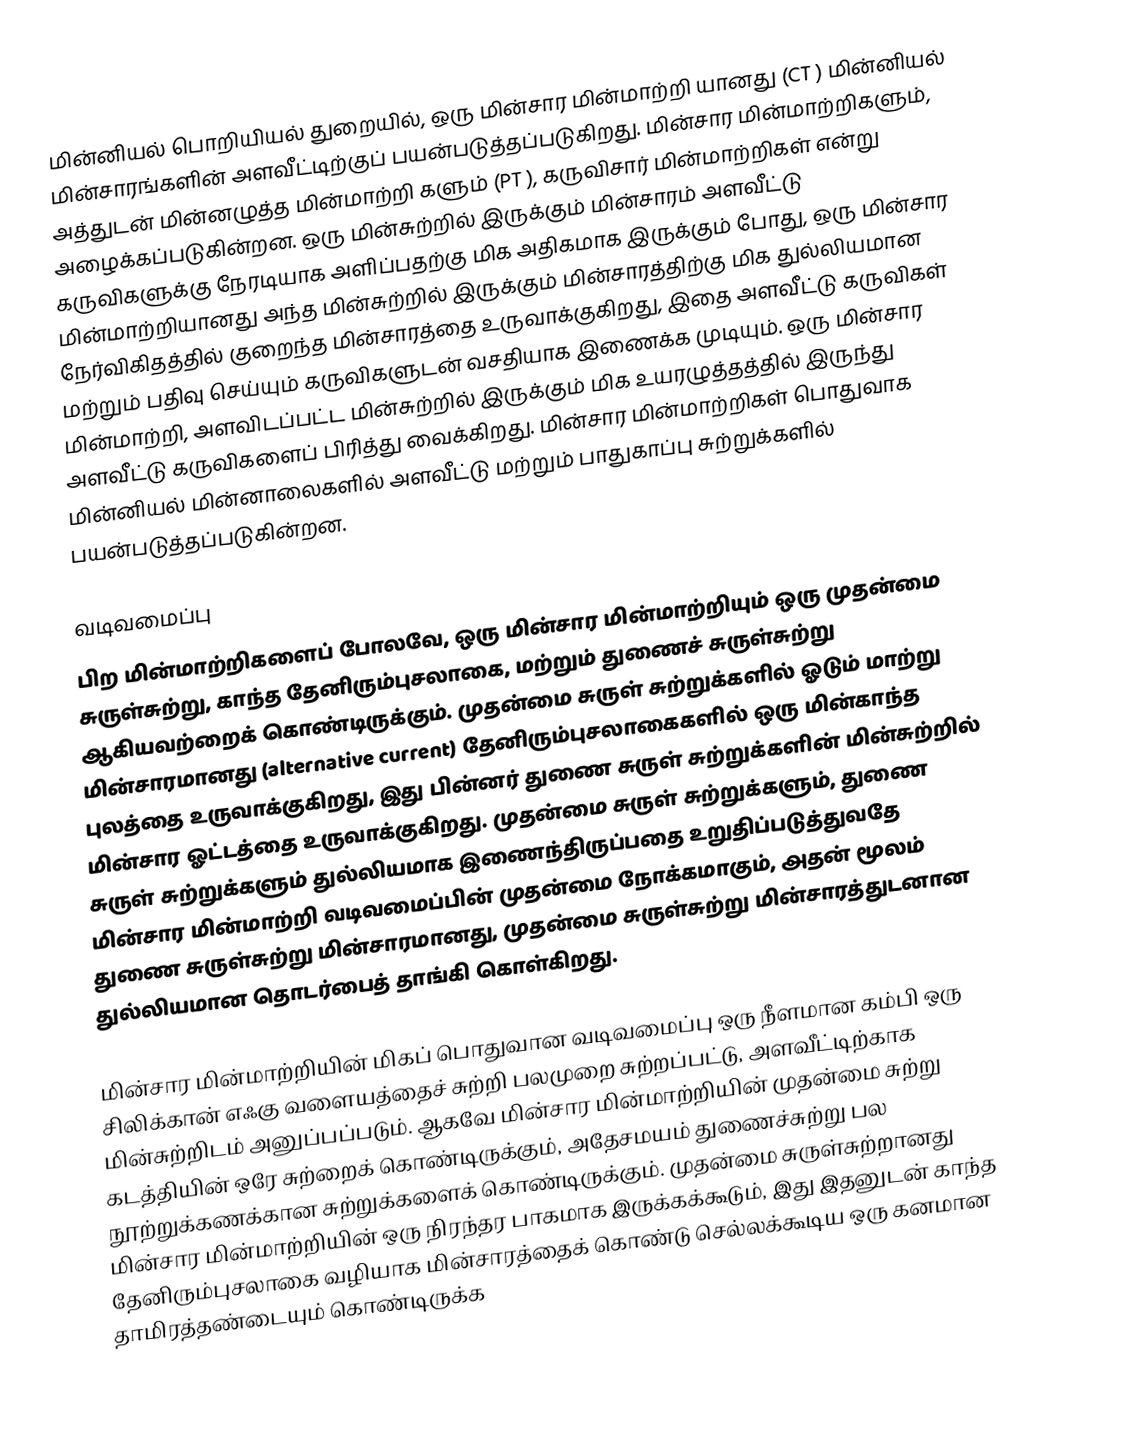
மின்னியல் பொறியியல் துறையில், ஒரு மின்சார மின்மாற்றி யானது (CT ) மின்னியல் மின்சாரங்களின் அளவீட்டிற்குப் பயன்படுத்தப்படுகிறது. மின்சார மின்மாற்றிகளும், அத்துடன் மின்னழுத்த மின்மாற்றி களும் (PT ), கருவிசார் மின்மாற்றிகள் என்று அழைக்கப்படுகின்றன. ஒரு மின்சுற்றில் இருக்கும் மின்சாரம் அளவீட்டு கருவிகளுக்கு நேரடியாக அளிப்பதற்கு மிக அதிகமாக இருக்கும் போது, ஒரு மின்சார மின்மாற்றியானது அந்த மின்சுற்றில் இருக்கும் மின்சாரத்திற்கு மிக துல்லியமான நேர்விகிதத்தில் குறைந்த மின்சாரத்தை உருவாக்குகிறது, இதை அளவீட்டு கருவிகள் மற்றும் பதிவு செய்யும் கருவிகளுடன் வசதியாக இணைக்க முடியும். ஒரு மின்சார மின்மாற்றி, அளவிடப்பட்ட மின்சுற்றில் இருக்கும் மிக உயரழுத்தத்தில் இருந்து அளவீட்டு கருவிகளைப் பிரித்து வைக்கிறது. மின்சார மின்மாற்றிகள் பொதுவாக மின்னியல் மின்னாலைகளில் அளவீட்டு மற்றும் பாதுகாப்பு சுற்றுக்களில் பயன்படுத்தப்படுகின்றன.

வடிவமைப்பு
பிற மின்மாற்றிகளைப் போலவே, ஒரு மின்சார மின்மாற்றியும் ஒரு முதன்மை சுருள்சுற்று, காந்த தேனிரும்புசலாகை, மற்றும் துணைச் சுருள்சுற்று ஆகியவற்றைக் கொண்டிருக்கும். முதன்மை சுருள் சுற்றுக்களில் ஓடும் மாற்று மின்சாரமானது (alternative current) தேனிரும்புசலாகைகளில் ஒரு மின்காந்த புலத்தை உருவாக்குகிறது, இது பின்னர் துணை சுருள் சுற்றுக்களின் மின்சுற்றில் மின்சார ஓட்டத்தை உருவாக்குகிறது. முதன்மை சுருள் சுற்றுக்களும், துணை சுருள் சுற்றுக்களும் துல்லியமாக இணைந்திருப்பதை உறுதிப்படுத்துவதே மின்சார மின்மாற்றி வடிவமைப்பின் முதன்மை நோக்கமாகும், அதன் மூலம் துணை சுருள்சுற்று மின்சாரமானது, முதன்மை சுருள்சுற்று மின்சாரத்துடனான துல்லியமான தொடர்பைத் தாங்கி கொள்கிறது.

மின்சார மின்மாற்றியின் மிகப் பொதுவான வடிவமைப்பு ஒரு நீளமான கம்பி ஒரு சிலிக்கான் எஃகு வளையத்தைச் சுற்றி பலமுறை சுற்றப்பட்டு, அளவீட்டிற்காக மின்சுற்றிடம் அனுப்பப்படும். ஆகவே மின்சார மின்மாற்றியின் முதன்மை சுற்று கடத்தியின் ஒரே சுற்றைக் கொண்டிருக்கும், அதேசமயம் துணைச்சுற்று பல நூற்றுக்கணக்கான சுற்றுக்களைக் கொண்டிருக்கும். முதன்மை சுருள்சுற்றானது மின்சார மின்மாற்றியின் ஒரு நிரந்தர பாகமாக இருக்கக்கூடும், இது இதனுடன் காந்த தேனிரும்புசலாகை வழியாக மின்சாரத்தைக் கொண்டு செல்லக்கூடிய ஒரு கனமான தாமிரத்தண்டையும் கொண்டிருக்க